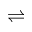
\rightleftharpoons